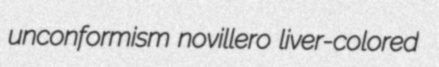
unconformism novillero liver-colored